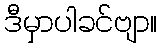
ဒီမှာပါခင်ဗျာ။